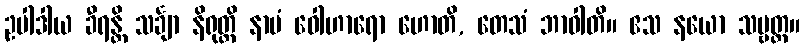
ဥပါဒါယ ခီရန္တိ သင်္ချာ နိရုတ္တိ နာမံ ဝေါဟာရော ဟောတိ, တေသံ ဘာဝါတိ။ ဧသ နယော သဗ္ဗတ္ထ။